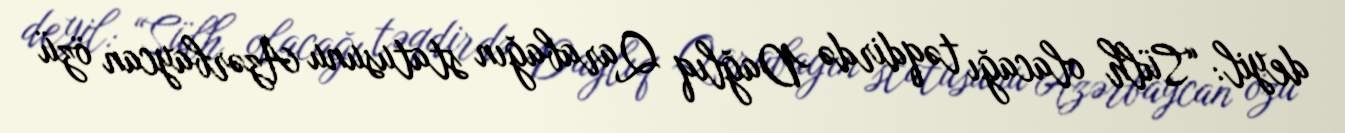
deyil: “Sülh olacağı təqdirdə Dağlıq Qarabağın statusunu Azərbaycan özü